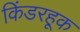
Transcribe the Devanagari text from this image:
किंडरहूक